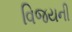
વિજયની